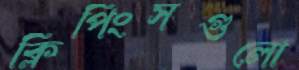
ক্লিপিংসগুলো